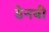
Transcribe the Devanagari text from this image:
डेनबी